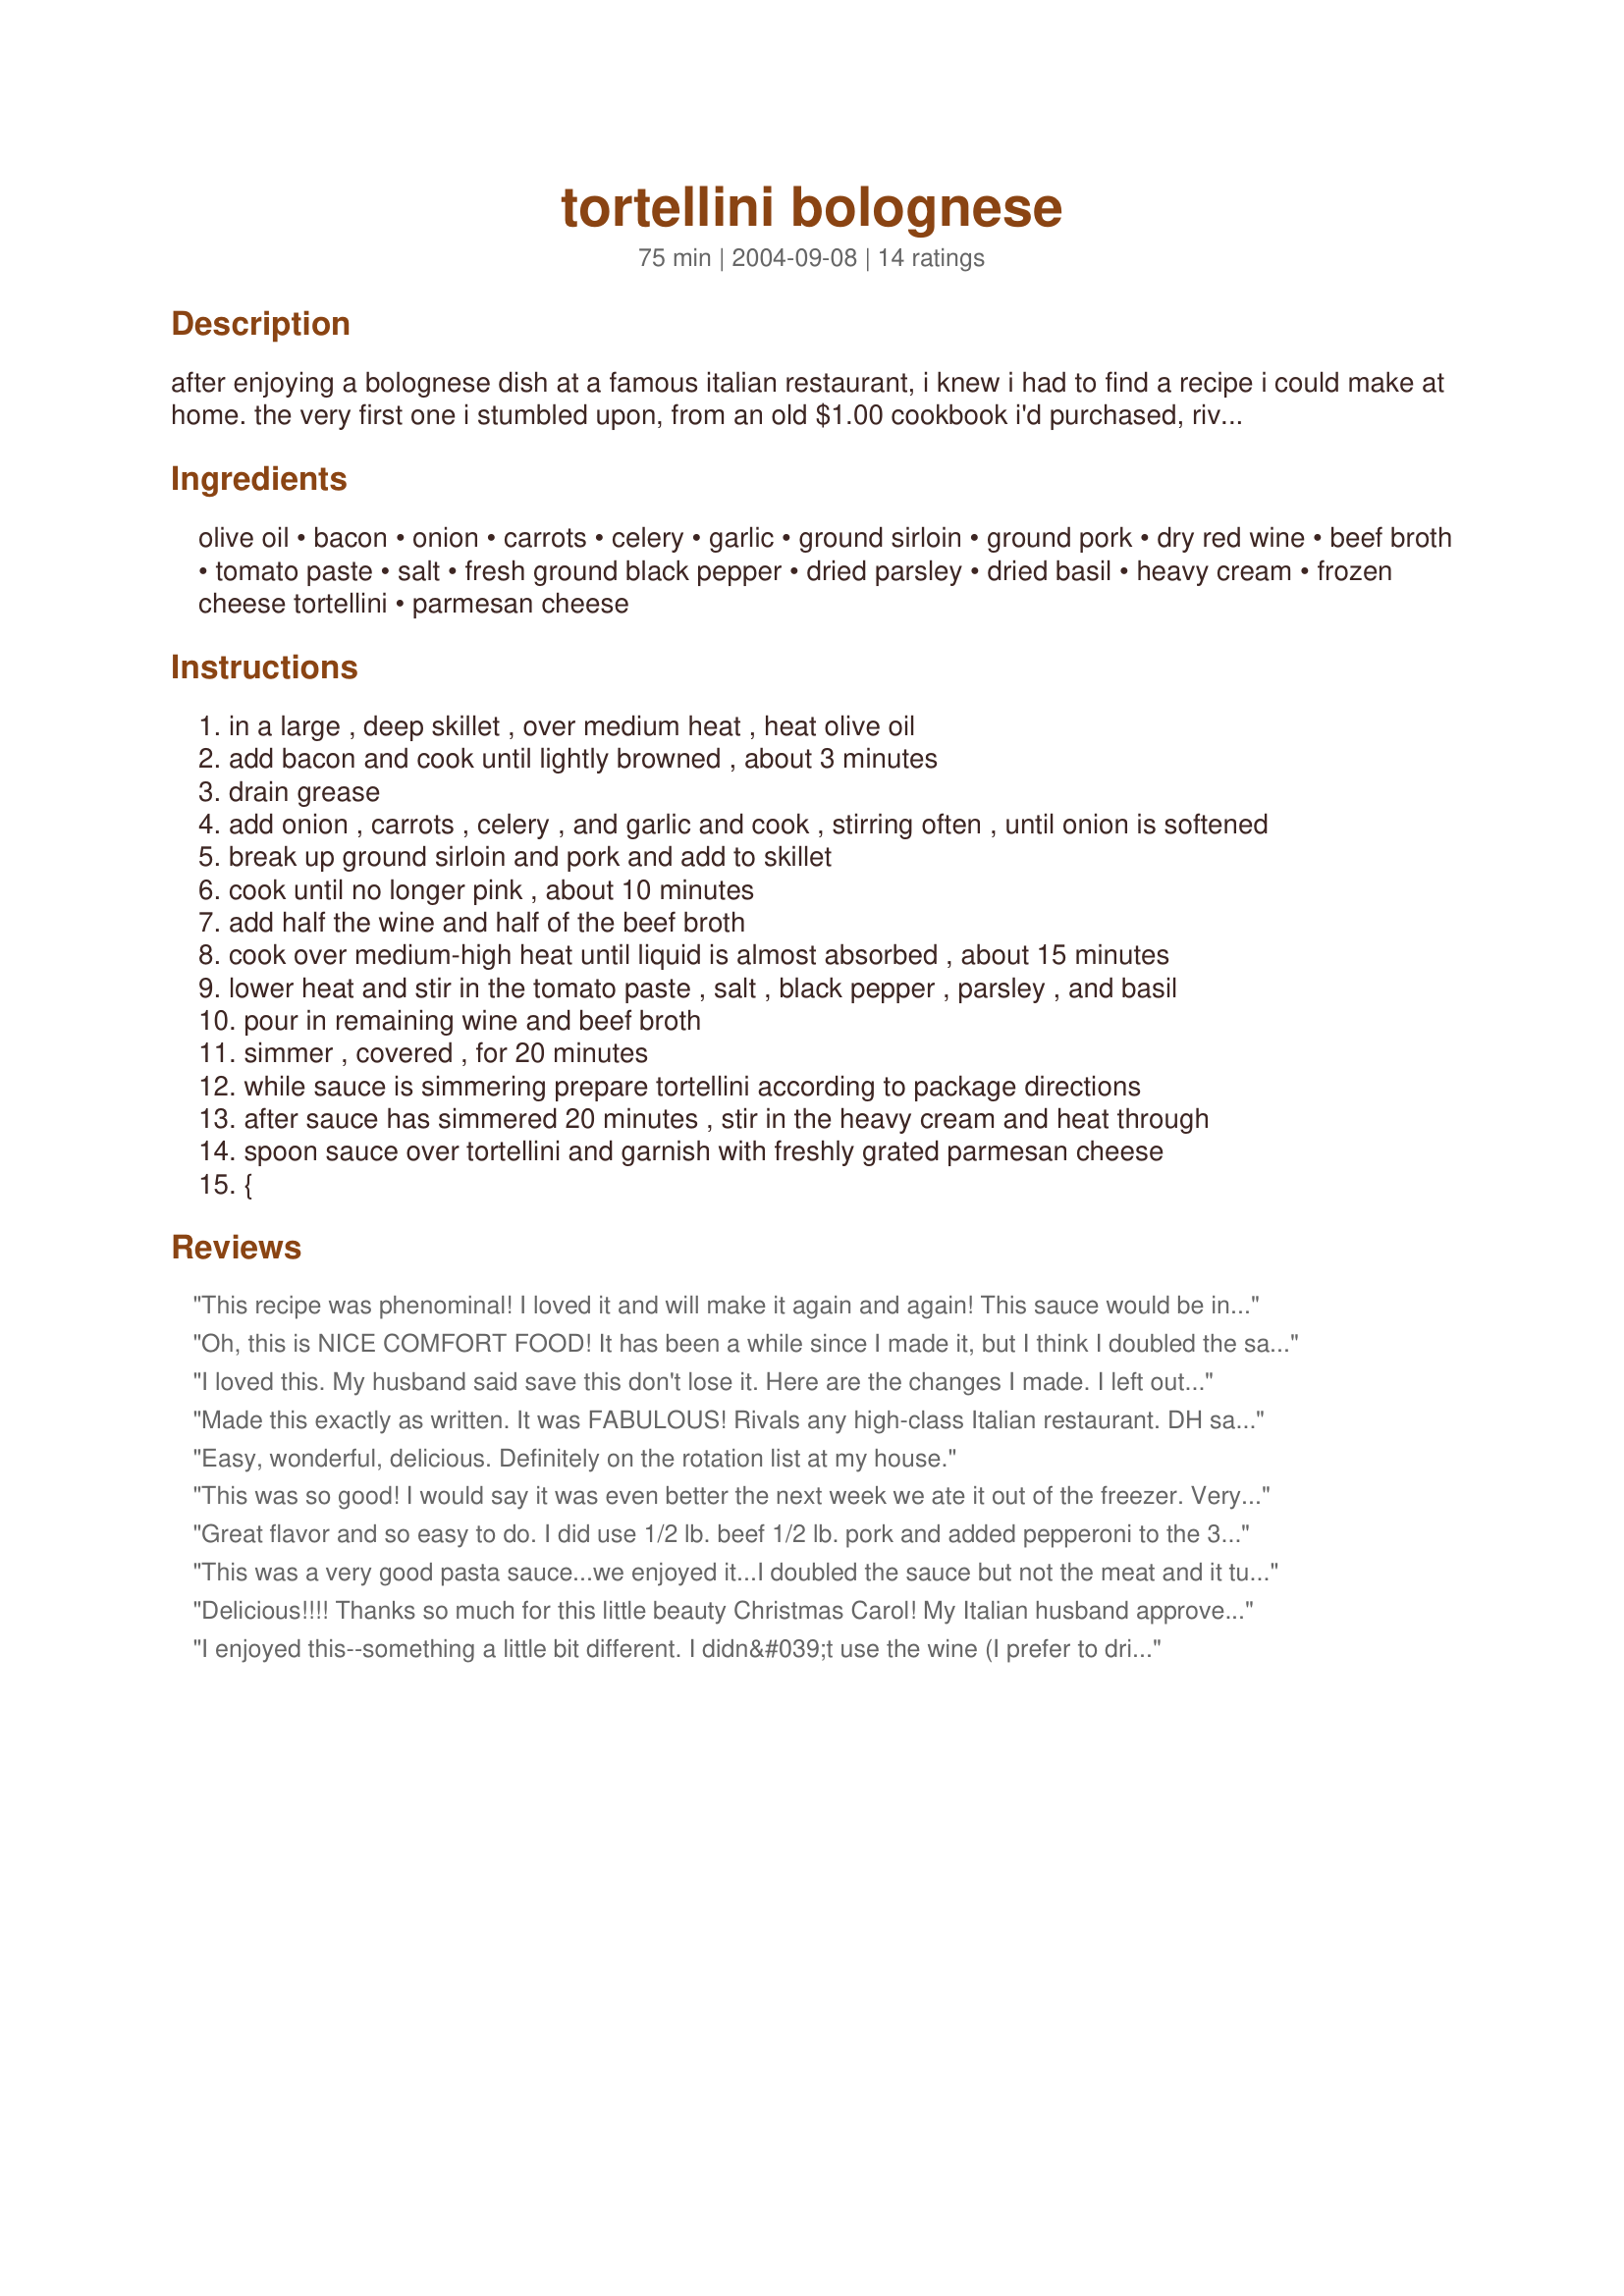
tortellini bolognese
Preparation time: 75 minutes

after enjoying a bolognese dish at a famous italian restaurant, i knew i had to find a recipe i could make at home. the very first one i stumbled upon, from an old $1.00 cookbook i'd purchased, rivaled that of the restaurant's. what luck!!!!

Ingredients:
olive oil, bacon, onion, carrots, celery, garlic, ground sirloin, ground pork, dry red wine, beef broth, tomato paste, salt, fresh ground black pepper, dried parsley, dried basil, heavy cream, frozen cheese tortellini, parmesan cheese

Steps:
in a large , deep skillet , over medium heat , heat olive oil
add bacon and cook until lightly browned , about 3 minutes
drain grease
add onion , carrots , celery , and garlic and cook , stirring often , until onion is softened
break up ground sirloin and pork and add to skillet
cook until no longer pink , about 10 minutes
add half the wine and half of the beef broth
cook over medium-high heat until liquid is almost absorbed , about 15 minutes
lower heat and stir in the tomato paste , salt , black pepper , parsley , and basil
pour in remaining wine and beef broth
simmer , covered , for 20 minutes
while sauce is simmering prepare tortellini according to package directions
after sauce has simmered 20 minutes , stir in the heavy cream and heat through
spoon sauce over tortellini and garnish with freshly grated parmesan cheese
{

Reviews:
This recipe was phenominal! I loved it and will make it again and again! This sauce would be incredible on so many different things! Thank you so much for sharing! LA :-)
Oh, this is NICE COMFORT FOOD! It has been a while since I made it, but I think I doubled the sauce. DH loved it! Ate is two nights in a row! So GOOD!
I loved this. My husband said save this don't lose it. Here are the changes I made. I left out the celery and wine. I used the fresh tri-color torteloni. Absoulutely wonderful. Thanks for adding something new to our boring Italian night.
Lisa
Made this exactly as written. It was FABULOUS! Rivals any high-class Italian restaurant. DH said to make this one again. Very easy to make..a newbie cook could do this paired with frozen or fresh tortellini and impress any dinner guests. It was rich tasting and still had a "freshness" to it. Probably due to all the veggies. The tad of cream at the end added just the right touch. I also used my food processor to make quick work of finely chopping the veggies. Thanks for sharing!
Easy, wonderful, delicious. Definitely on the rotation list at my house.
This was so good! I would say it was even better the next week we ate it out of the freezer. Very hearty and thick sauce. The only thing I would change is not to add the salt, since the bacon had plenty, so it was pretty salty for us..but it was still very flavorful, we loved it! Thanks so much for this recipe!
Great flavor and so easy to do. I did use 1/2 lb. beef 1/2 lb. pork and added pepperoni to the 3 slices already baked bacon. It is so rich but so good. I may try adding anchovies to the veggie next time but great as is.
This was a very good pasta sauce...we enjoyed it...I doubled the sauce but not the meat and it turned out perfect...
Delicious!!!! Thanks so much for this little beauty Christmas Carol! My Italian husband approved of this Bolognese so that's saying something. This will be a regular in our house now and it's one of the easiest bolognese I have ever made! Cheers!
I enjoyed this--something a little bit different. I didn&#039;t use the wine (I prefer to drink wine, not have it in my food), used a lot of fresh parsley and doubled the dried basil. Thanks for sharing!
Hi Christmas Carol! We loved your tortellini! I did use lean hamburger that I had spiced up with Italian seasonings and chicken broth. I used sour cream mixed with a little water in place of the cream and it worked great (saved me another trip to the store!). This made for a wonderful meal on a stormy night.

Roxygirl
This was a delicious meal. It had lots of flavor and was very meaty. I thought the sauce would go perfect with some sliced smoked sausage, so I will use that next time instead of the ground up meat. I didnt read to puree the veggies til the end. So next time I will for sure puree the carrots and celery in a food processor to make a smoother sauce. I liked the small chunks but I agree that pureeing them would make it even better. I as well will double the garlic! I will surely make again sometime, thanks for the recipe!
Delicious! I did make 2 changes. I didn't have dried parsley, so I used fresh and I had some leftover pork sausage that I used instead of the ground pork. Very nice flavor. :)
DH loved it, I enjoyed it also it was not hard to make, all the vegetables worked well together, the only thing I might switch next time is draining the bacon grease, It didnt say in the recipe to drain or not, so I left it and for my own personal liking found it a bit on the greasy side.
